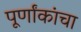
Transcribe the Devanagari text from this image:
पूर्णांकांचा